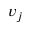
v _ { j }